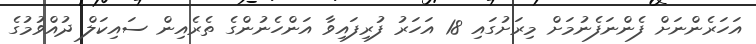
އަހަރެންނަށް ފެންނަފެނުމަށް މިރަށުގައި 18 އަހަރު ފުރިފައިވާ އަންހެނުންގެ ތެރެއިން ސައިކަލް ދުއްވުމުގެ